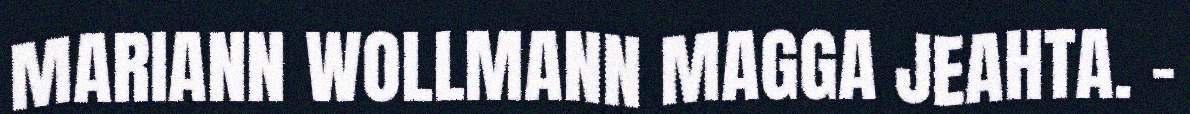
MARIANN WOLLMANN MAGGA JEAHTA. -